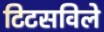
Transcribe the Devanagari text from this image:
टिटसविले